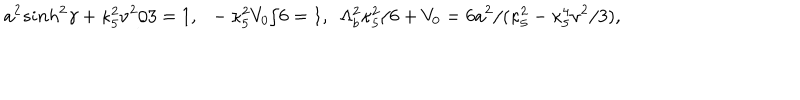
LaTeX: a ^ { 2 } s i n h ^ { 2 } \gamma + \kappa _ { 5 } ^ { 2 } \nu ^ { 2 } / 3 = 1 , ~ ~ - \kappa _ { 5 } ^ { 2 } V _ { 0 } / 6 = 1 , ~ ~ \Lambda _ { b } ^ { 2 } \kappa _ { 5 } ^ { 2 } / 6 + V _ { 0 } = 6 a ^ { 2 } / ( \kappa _ { 5 } ^ { 2 } - \kappa _ { 5 } ^ { 4 } \nu ^ { 2 } / 3 ) ,